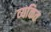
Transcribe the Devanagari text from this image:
व्‍यकित